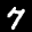
Label: 7